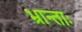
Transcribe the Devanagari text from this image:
भ्रान्ताः